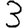
Digit: 3